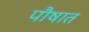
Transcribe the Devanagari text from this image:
पौषात